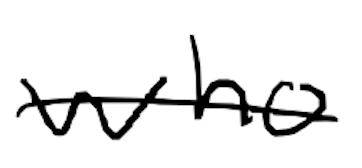
Text: who
Cross-out: single-line
Writing tool: digital_black